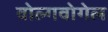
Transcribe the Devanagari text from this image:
वोल्गवोगेल